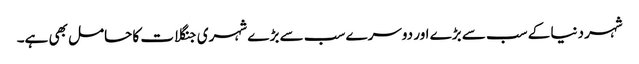
شہر دنیا کے سب سے بڑے اور دوسرے سب سے بڑ ے شہری جنگلات کا حامل بھی ہے۔